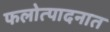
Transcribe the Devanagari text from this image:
फलोत्पादनात